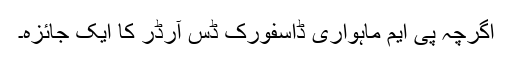
اگرچہ پی ایم ماہواری ڈاسفورک ڈس آرڈر کا ایک جائزہ۔